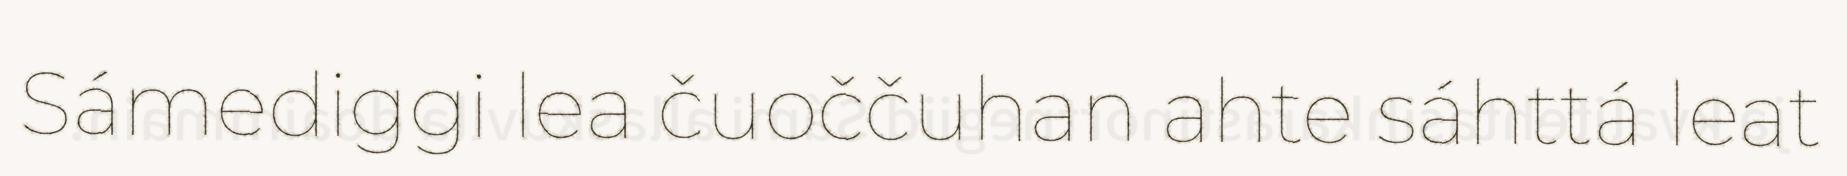
Sámediggi lea čuoččuhan ahte sáhttá leat